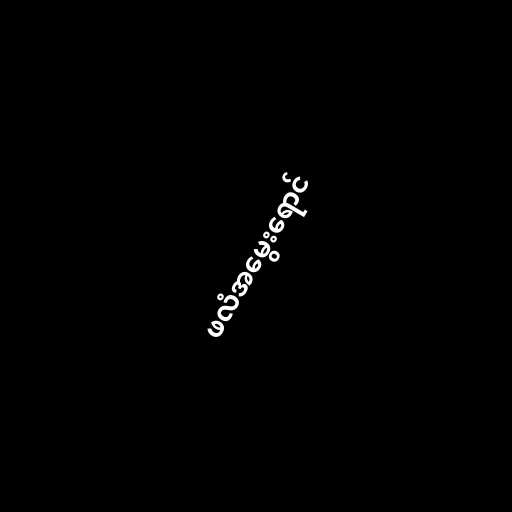
ဖလံအမွေးရောင်